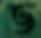
ভ